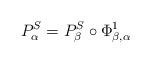
LaTeX: \begin{align*}P_{\alpha }^{S}=P_{\beta }^{S}\circ \Phi _{\beta ,\alpha }^{1}\end{align*}